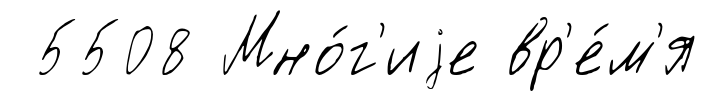
5508 Мно́г'иjе вр'е́м'я